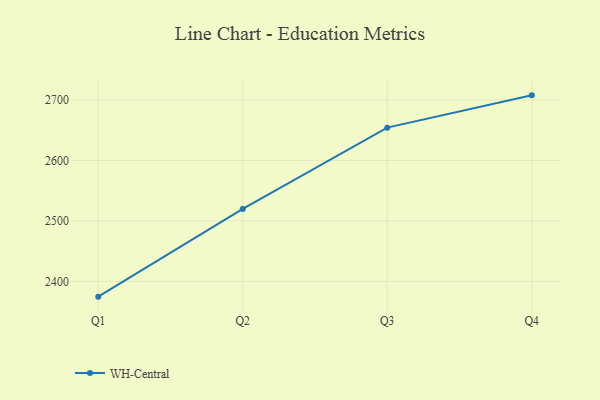
{"axis": {"x": "Quarter", "y": "Production Output"}, "legend": ["WH-Central"], "data": [{"x": "Q1", "y": 2374.7, "type": "WH-Central"}, {"x": "Q2", "y": 2519.8, "type": "WH-Central"}, {"x": "Q3", "y": 2654.3, "type": "WH-Central"}, {"x": "Q4", "y": 2707.7, "type": "WH-Central"}]}